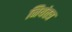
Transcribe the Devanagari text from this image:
नियंतत्र